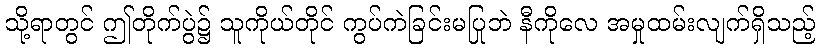
သို့ရာတွင် ဤတိုက်ပွဲ၌ သူကိုယ်တိုင် ကွပ်ကဲခြင်းမပြုဘဲ နီကိုလေ အမှုထမ်းလျက်ရှိသည့်